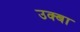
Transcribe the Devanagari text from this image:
उक्बा